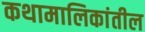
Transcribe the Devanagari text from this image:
कथामालिकांतील